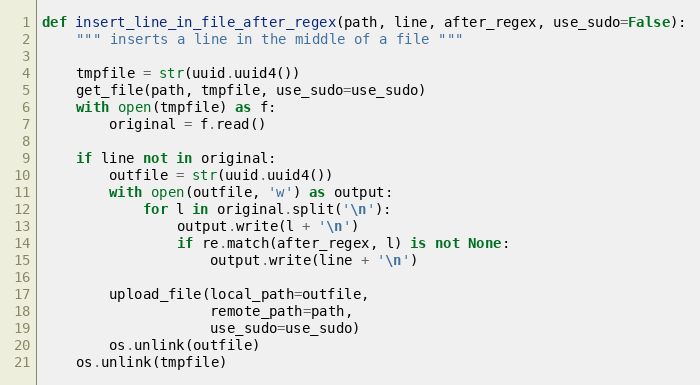
Language: Python
def insert_line_in_file_after_regex(path, line, after_regex, use_sudo=False):
    """ inserts a line in the middle of a file """

    tmpfile = str(uuid.uuid4())
    get_file(path, tmpfile, use_sudo=use_sudo)
    with open(tmpfile) as f:
        original = f.read()

    if line not in original:
        outfile = str(uuid.uuid4())
        with open(outfile, 'w') as output:
            for l in original.split('\n'):
                output.write(l + '\n')
                if re.match(after_regex, l) is not None:
                    output.write(line + '\n')

        upload_file(local_path=outfile,
                    remote_path=path,
                    use_sudo=use_sudo)
        os.unlink(outfile)
    os.unlink(tmpfile)